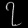
Digit: ၇